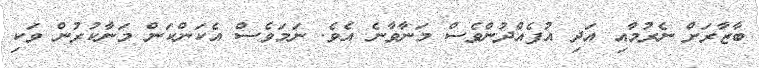
ބާޒާރަށް ނެރުމުާއި އަދި އުފެއްދުންވެސް މަނާވާނެ އެވެ. ނަަމަވެސް އެކަންކަން މަނާކުރުން ވަކި